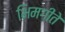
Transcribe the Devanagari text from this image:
भिमगीते